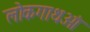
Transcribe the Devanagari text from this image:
लोकगाथओं